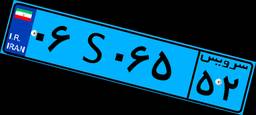
۰۶S۰۶۵۵۲